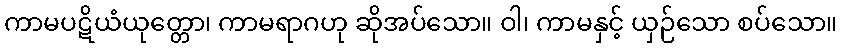
ကာမပဋိယံယုတ္တော၊ ကာမရာဂဟု ဆိုအပ်သော။ ဝါ၊ ကာမနှင့် ယှဉ်သော စပ်သော။